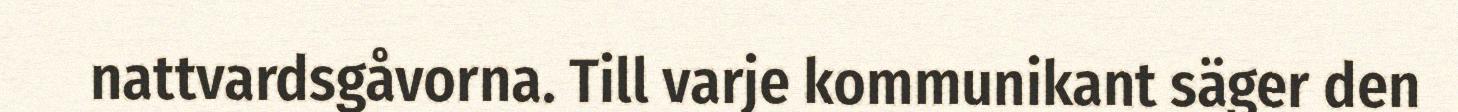
nattvardsgåvorna. Till varje kommunikant säger den